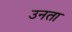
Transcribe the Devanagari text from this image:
उनता